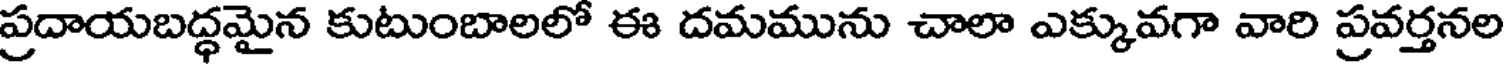
ప్రదాయబద్ధమైన కుటుంబాలలో ఈ దమమును చాలా ఎక్కువగా వారి ప్రవర్తనల